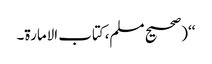
‘‘(صحیح مسلم،کتاب الامارة۔